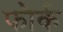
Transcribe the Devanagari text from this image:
फौर्क